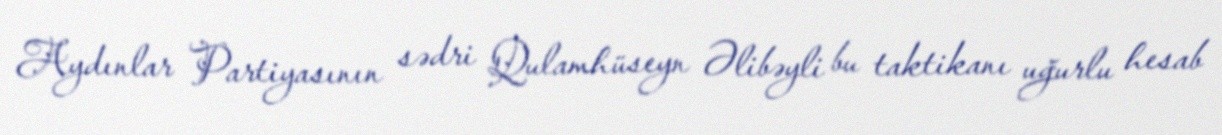
Aydınlar Partiyasının sədri Qulamhüseyn Əlibəyli bu taktikanı uğurlu hesab